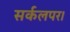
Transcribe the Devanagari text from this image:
सर्कलपर।